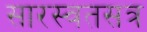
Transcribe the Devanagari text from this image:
सारस्वतसत्र